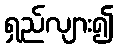
ရှည်လျား၍